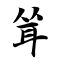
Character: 耸